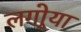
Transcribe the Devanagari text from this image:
लगोर्‍या